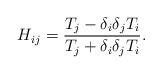
LaTeX: \begin{align*}H_{ij} = \frac{T_j - \delta_i\delta_jT_i}{T_j + \delta_i\delta_jT_i}.\end{align*}